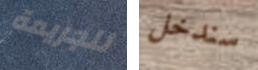
للجريمة سندخل